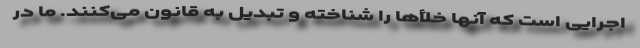
اجرایی است که آنها خلأها را شناخته و تبدیل به قانون می‌کنند. ما در